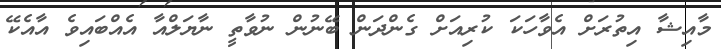
މާއިޝާ އިތުރަށް އެވާހަކަ ކުރިއަށް ގެންދަން ބޭނުން ނުވާތީ ނާޔަލްއާ އެއްބައިވެ އާއެކޭ